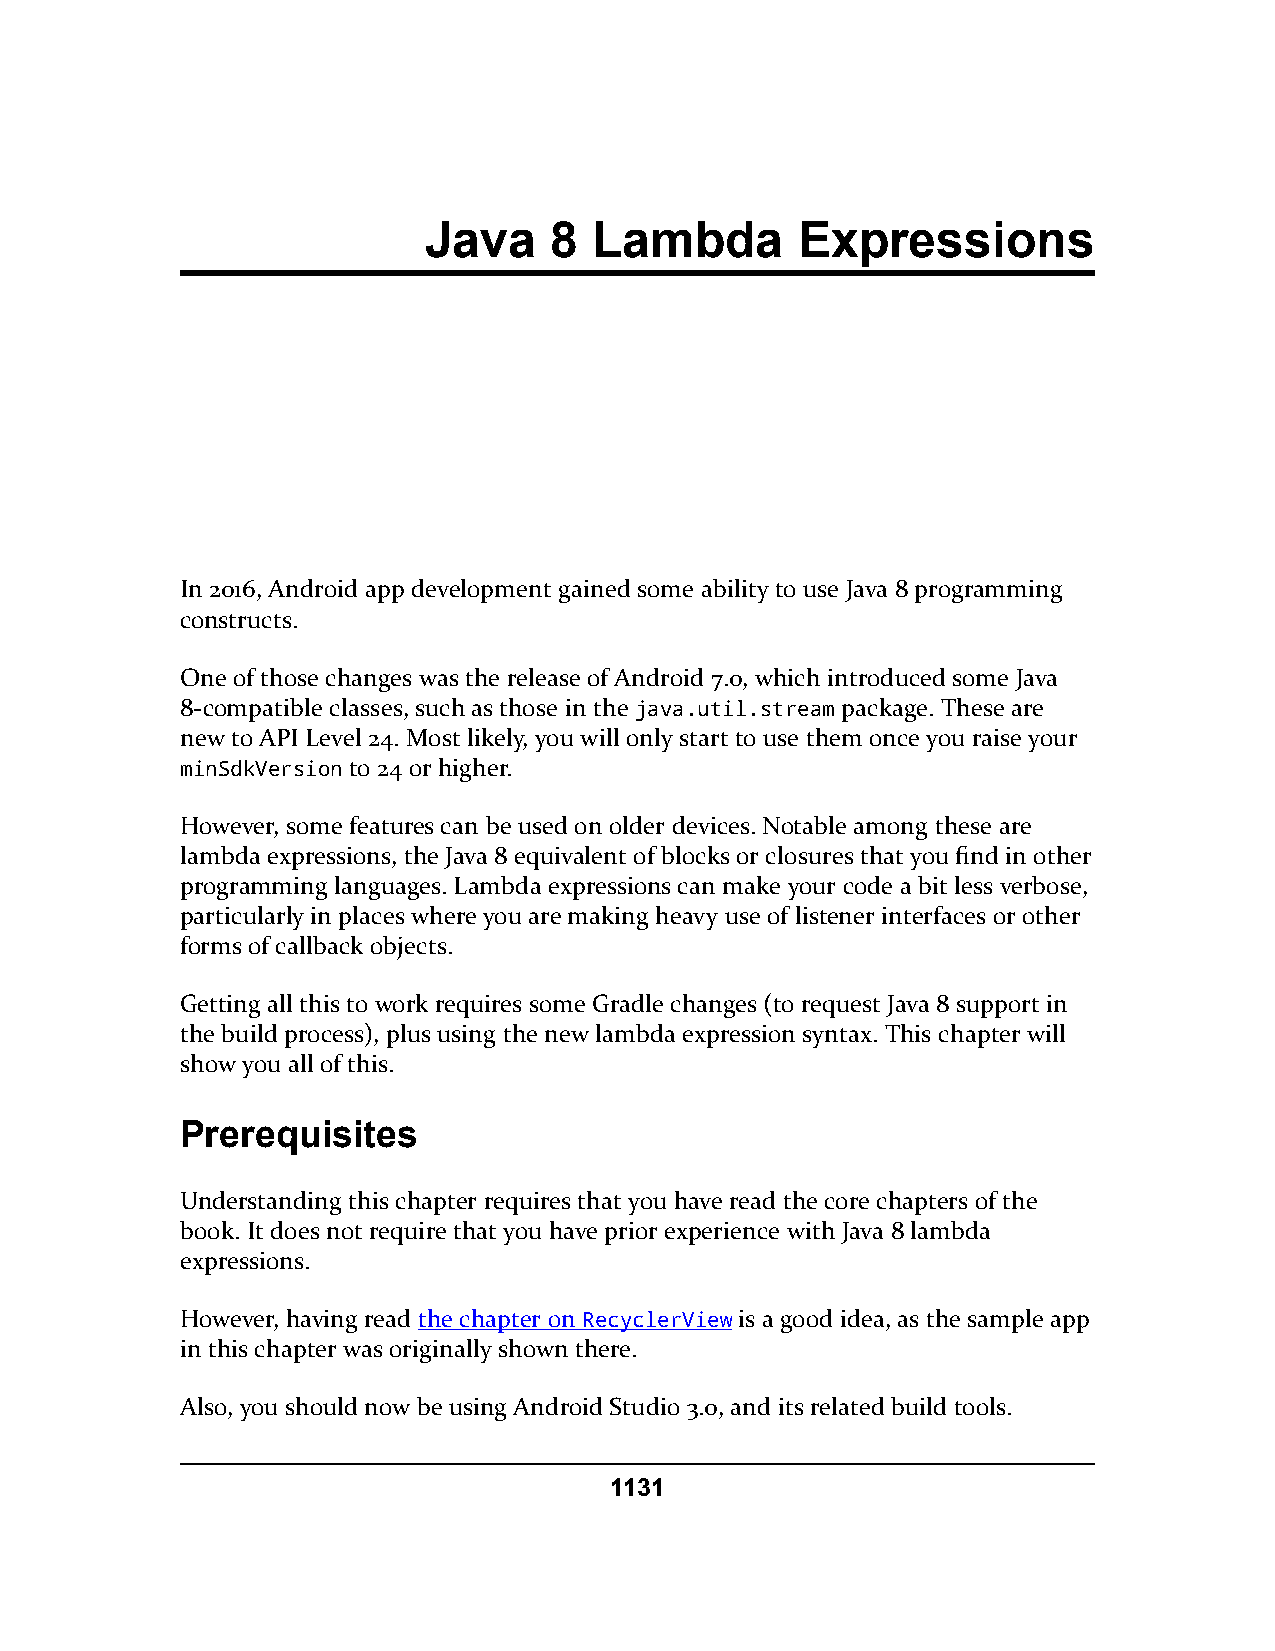
Java    8  Lambda        Expressions
 In 2016, Android app development gained some ability to use Java 8 programming
 constructs.
 One of those changes was the release of Android 7.0, which introduced some Java
 8-compatible classes, such as those in the java.util.stream package. These are
 new to API Level 24. Most likely, you will only start to use them once you raise your
 minSdkVersion to 24 or higher.
 However, some features can be used on older devices. Notable among these are
 lambda expressions, the Java 8 equivalent of blocks or closures that you find in other
 programming languages. Lambda expressions can make your code a bit less verbose,
 particularly in places where you are making heavy use of listener interfaces or other
 forms of callback objects.
 Getting all this to work requires some Gradle changes (to request Java 8 support in
 the build process), plus using the new lambda expression syntax. This chapter will
 show you all of this.
 Prerequisites
 Understanding this chapter requires that you have read the core chapters of the
 book. It does not require that you have prior experience with Java 8 lambda
 expressions.
 However, having read the chapter on RecyclerView is a good idea, as the sample app
 in this chapter was originally shown there.
 Also, you should now be using Android Studio 3.0, and its related build tools.
 1131